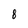
Character: 8